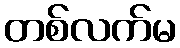
တစ်လက်မ